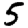
Digit: 5